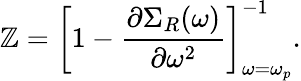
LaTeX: \mathbb{Z}=\left[1-\frac{{\partial\Sigma_{R}(\omega)}}{{\partial\omega^{2}}}\right]_{\omega=\omega_{p}}^{-1}.